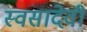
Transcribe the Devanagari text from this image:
स्वसादेवी